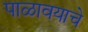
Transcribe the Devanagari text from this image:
पाळावयाचे